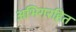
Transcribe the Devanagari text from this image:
अभिगरहित